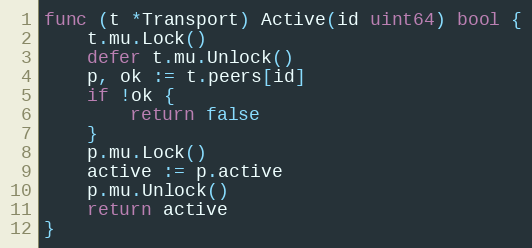
Language: Go
func (t *Transport) Active(id uint64) bool {
	t.mu.Lock()
	defer t.mu.Unlock()
	p, ok := t.peers[id]
	if !ok {
		return false
	}
	p.mu.Lock()
	active := p.active
	p.mu.Unlock()
	return active
}